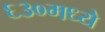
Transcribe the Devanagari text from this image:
६३०मध्ये